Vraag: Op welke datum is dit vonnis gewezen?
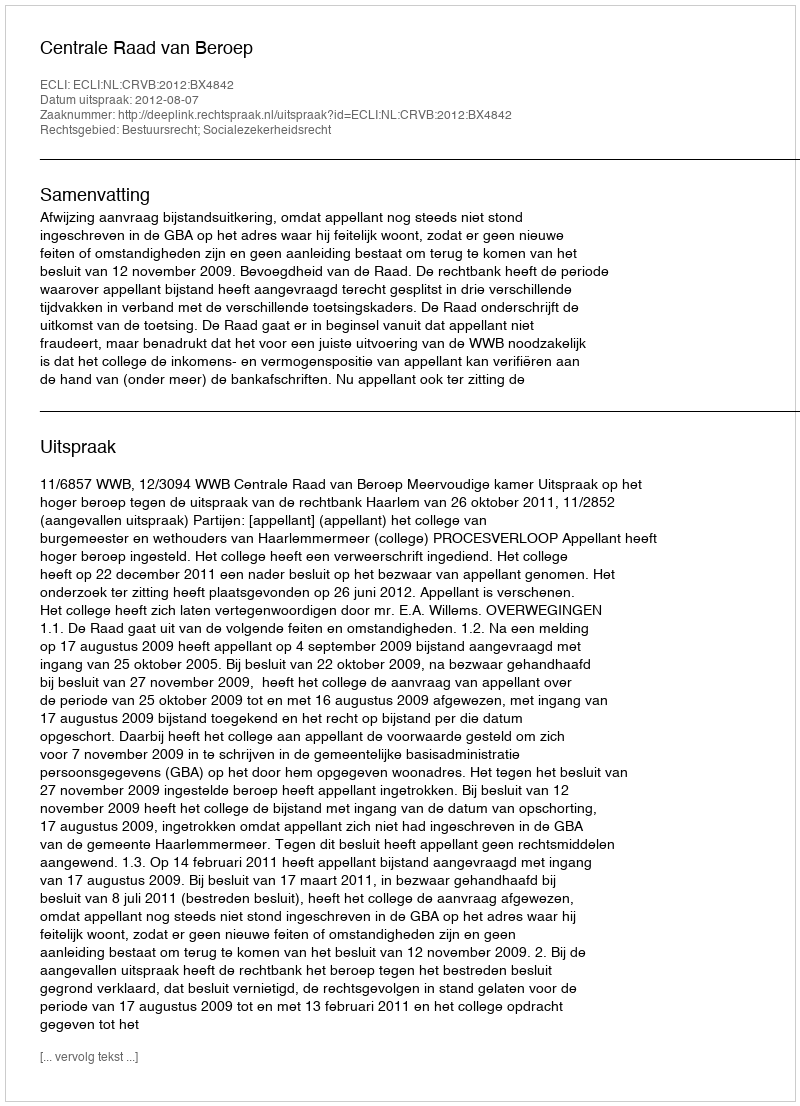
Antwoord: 2012-08-07